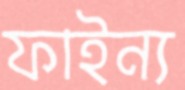
ফাইন্য